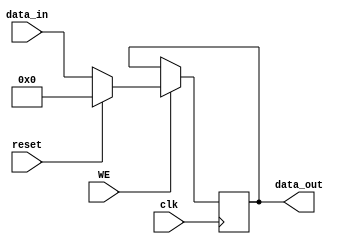
module pc(
	input wire [31:0] data_in,
	input wire reset,
	input wire clk,
	input wire WE,
	output wire [31:0] data_out
);
	reg [31:0] program_counter;
	initial begin
		program_counter = 0;
	end
	always @(posedge clk) begin
		if(WE == 1) begin 
			if(reset == 0) begin
				program_counter = data_in;
			end
			else begin
				program_counter = 0;
			end
		end
	end
	assign data_out = program_counter;
endmodule